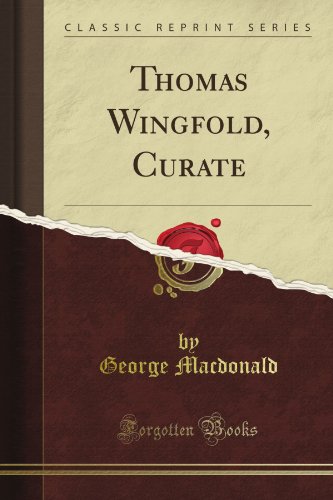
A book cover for Thomas Wingfold, Curate (Classic Reprint); George Macdonald; Literature & Fiction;